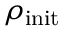
\rho _ { \mathrm { i n i t } }